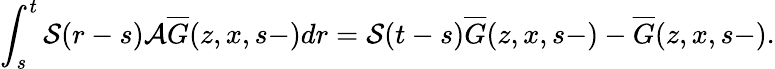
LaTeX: \int_{s}^{t}\mathcal{S}(r-s)\mathcal{A}\overline{{G}}(z,x,s-)dr=\mathcal{S}(t-s)\overline{{G}}(z,x,s-)-\overline{{G}}(z,x,s-).